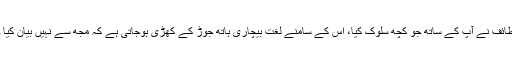
لیکن یہ بات کسی سے مخفی نہیں ہے کہ اہلِ طائف نے آپؐ کے ساتھ جو کچھ سلوک کیا، اس کے سامنے لغت بیچاری ہاتھ جوڑ کے کھڑی ہوجاتی ہے کہ مجھ سے نہیں بیان کیا جاتا، کہ کیا سلوک آپؐ کے ساتھ روا رکھا گیا۔